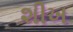
શીખ